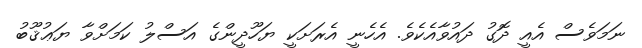
ނަމަވެސް އެއީ ދޮގު ދައުވާއެކެވެ. އެހެނީ އެރަށަކީ ޔަހޫދީންގެ އަސްލު ކަމަށްވާ ޔަޢުޤޫބު